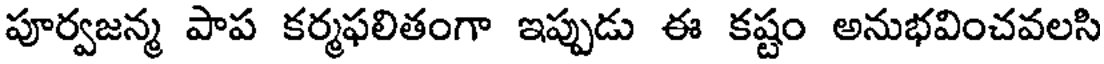
పూర్వజన్మ పాప కర్మఫలితంగా ఇప్పుడు ఈ కష్టం అనుభవించవలసి